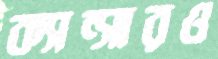
ক্যান্সারও